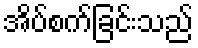
အိပ်စက်ခြင်းသည်